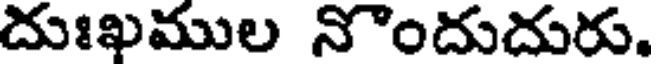
దుఃఖముల నొందుదురు.